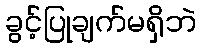
ခွင့်ပြုချက်မရှိဘဲ